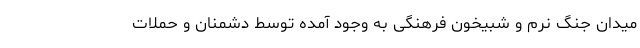
میدان جنگ نرم و شبیخونِ فرهنگیِ به وجود آمده توسط دشمنان و حملات